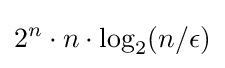
2^{n}\cdot n\cdot \log _{2}(n/\epsilon )